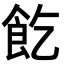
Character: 䬣